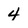
Character: 4